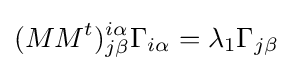
(MM^{t})_{j\beta }^{i\alpha }\Gamma _{i\alpha }=\lambda _{1}\Gamma _{j\beta }